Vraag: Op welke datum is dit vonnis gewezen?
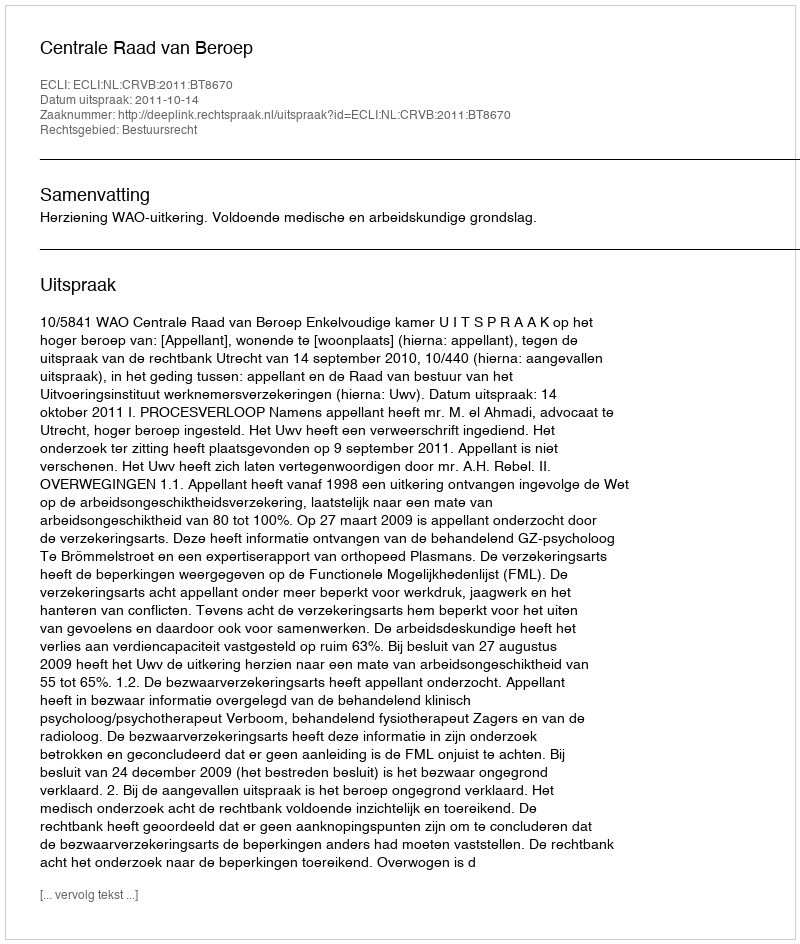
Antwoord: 2011-10-14